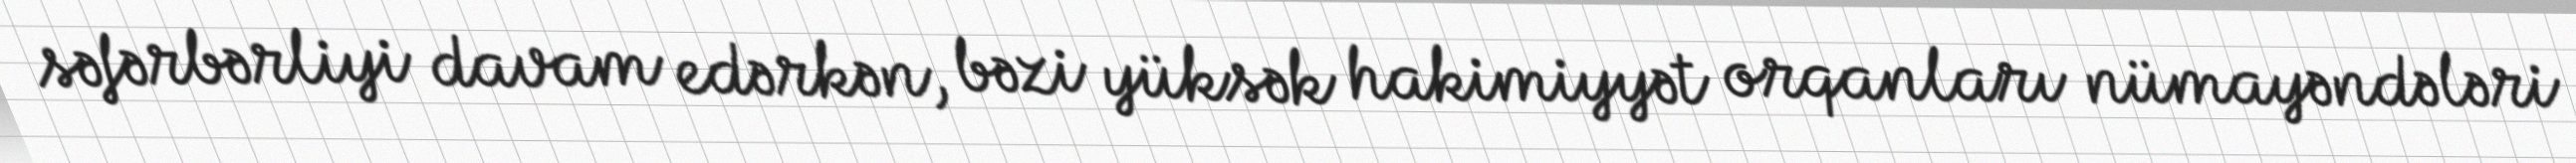
səfərbərliyi davam edərkən, bəzi yüksək hakimiyyət orqanları nümayəndələri